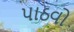
પાઠવો